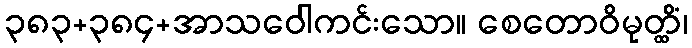
၃၈၃+၃၈၄+အာသဝေါကင်းသော။ စေတောဝိမုတ္ထိံ၊